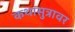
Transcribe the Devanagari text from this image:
कथासुत्रावर